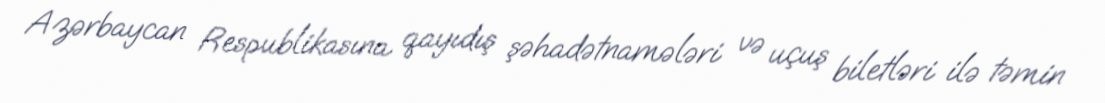
Azərbaycan Respublikasına qayıdış şəhadətnamələri və uçuş biletləri ilə təmin